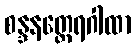
စန္ဒနတ္ထေရဂါထာ